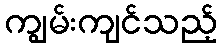
ကျွမ်းကျင်သည့်